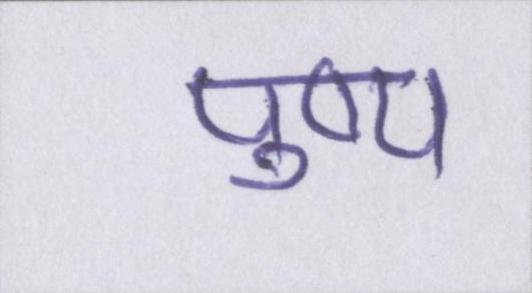
पुष्प